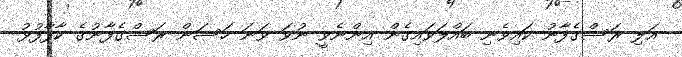
އަލި ރަސްގެފާނު ކައިވެނި ބައްލަވައިގެން އިންނެވީ ނުވަ ވަނަ ހަސަން ރަސްގެފާނުގެ ކާފާފުޅު